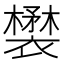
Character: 𧞉